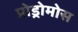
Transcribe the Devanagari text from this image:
प्रोड्रोमोस